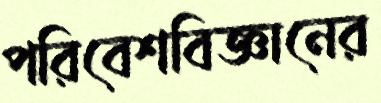
পরিবেশবিজ্ঞানের